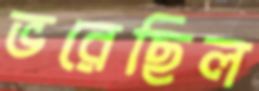
ভরেছিল